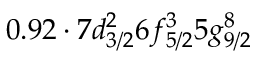
0 . 9 2 \cdot 7 d _ { 3 / 2 } ^ { 2 } 6 f _ { 5 / 2 } ^ { 3 } 5 g _ { 9 / 2 } ^ { 8 }